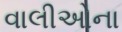
વાલીઓના